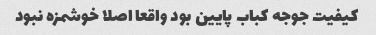
کیفیت جوجه کباب پایین بود واقعا اصلا خوشمزه نبود